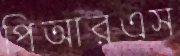
পিআরএস